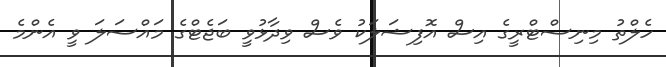
ހެލްތު މިނިސްޓްރީގެ އިސް އޮފިޝަލަކު ވެސް ވިދާޅުވީ ބަޖެޓްގެ މައްސަލަ ވީ އެންމެ